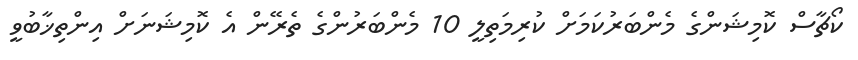
ކޯޗާސް ކޮމިޝަންގެ މެންބަރުކަމަށް ކުރިމަތިލީ 10 މެންބަރުންގެ ތެރޭން އެ ކޮމިޝަނަށް އިންތިޚާބުވީ